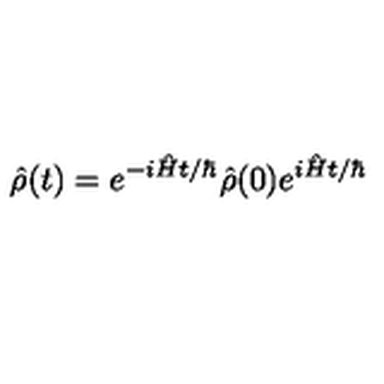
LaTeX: \hat { \rho } ( t ) = e ^ { - i \hat { H } t / \hbar } \hat { \rho } ( 0 ) e ^ { i \hat { H } t / \hbar }